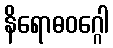
နိရောဓဝဂ္ဂေါ